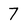
Character: 7